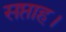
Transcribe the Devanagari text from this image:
सप्ताह।